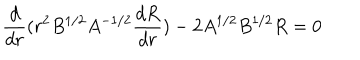
LaTeX: \frac { d } { d r } ( r ^ { 2 } B ^ { 1 / 2 } A ^ { - 1 / 2 } \frac { d R } { d r } ) - 2 A ^ { 1 / 2 } B ^ { 1 / 2 } R = 0